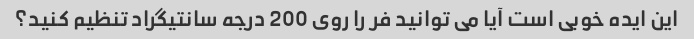
این ایده خوبی است آیا می توانید فر را روی 200 درجه سانتیگراد تنظیم کنید؟